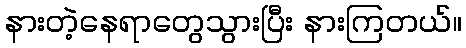
နားတဲ့နေရာတွေသွားပြီး နားကြတယ်။